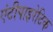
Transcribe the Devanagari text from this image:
एंटीपाइरेटिक